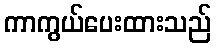
ကာကွယ်ပေးထားသည်